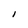
Character: l